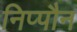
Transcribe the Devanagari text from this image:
निप्पौन